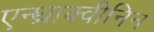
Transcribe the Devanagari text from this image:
एन्थ्राक्वीनिन